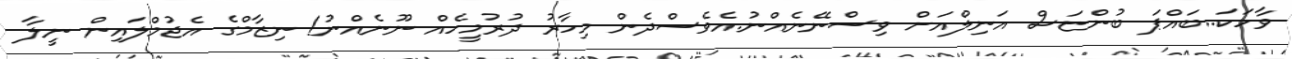
ވާހަކަ..ބައްޕަ ބުންޏަސް އަނިލްއަށް ވިސްނޭނެއްނު.އެވެސްދެން މިހާރު ދުރުމީހެއް ނޫނެއްނު! ނިޒާމްގެ އެޖުމްލައިން ނީލާ